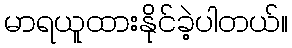
မာရယူထားနိုင်ခဲ့ပါတယ်။